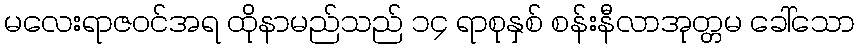
မလေးရာဇဝင်အရ ထိုနာမည်သည် ၁၄ ရာစုနှစ် စန်းနီလာအုတ္တမ ခေါ်သော